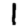
Digit: 1